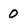
Character: 0